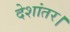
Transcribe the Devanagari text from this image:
देशांतर।